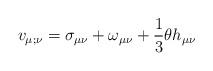
LaTeX: \begin{align*}v_{\mu ; \nu} = \sigma_{\mu\nu} + \omega_{\mu\nu} + \frac{1}{3}\theta h_{\mu\nu}\end{align*}